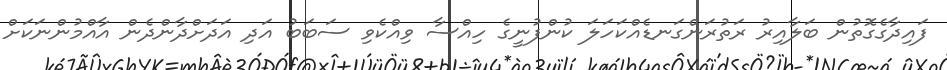
ފައިދާގެގޮތުން ބަލާއިރު ރަތުރަންގަނޑެއްކަހަލަ ކުންފުނީގެ ހިއްސާ ވިއްކެވި ސަބަބު އަދި އަދަށްދާންދެން އާއްމުންނަކަށް